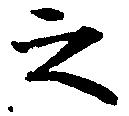
之